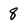
Character: 8